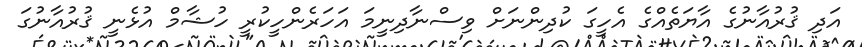
އަދި ޤުރުއާނުގެ އާޔަތެއްގެ އެހީގަ ކުދިންނަށް ވިސްނާދިނީމަ އަހަރެންހީކުރީ ހުޝާމް އުޅެނީ ޤުރުއާނުގަ